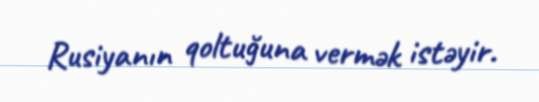
Rusiyanın qoltuğuna vermək istəyir.